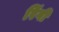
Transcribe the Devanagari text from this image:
रिंगी